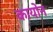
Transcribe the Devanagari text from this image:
कायोन